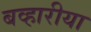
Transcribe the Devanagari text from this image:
बव्हारीया